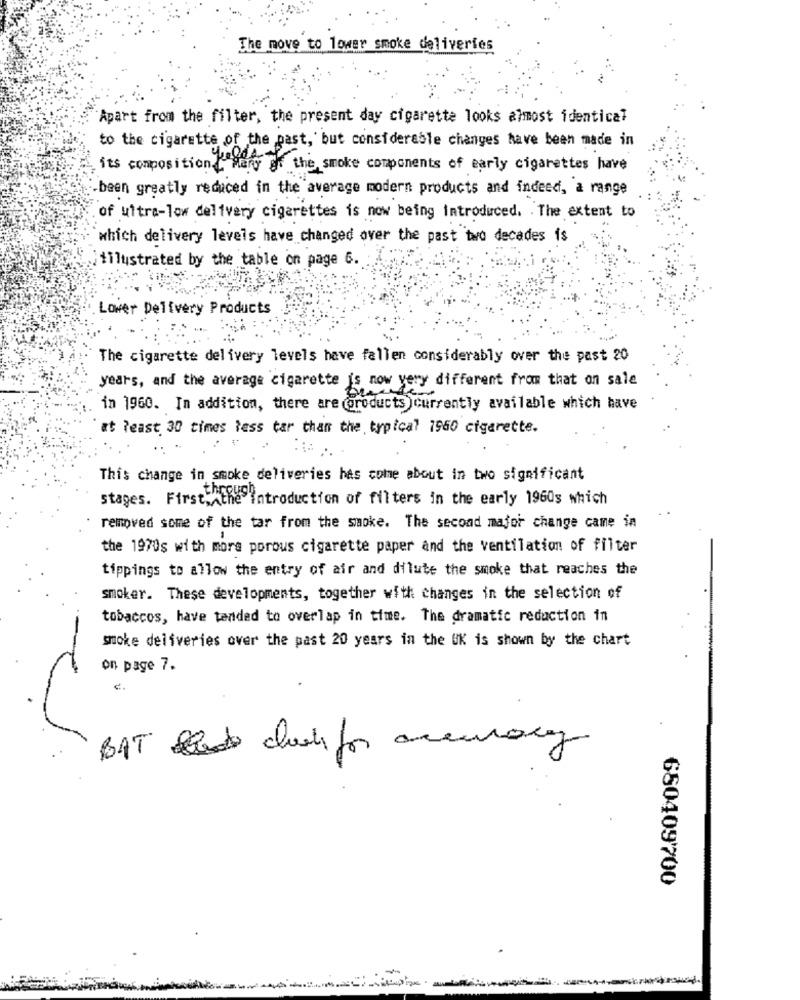
The move to lower smoke deliveries
Apart from the filter, the present day cigarette looks almost identical
to the cigarette of the past, but considerable changes have been made in
its composition [ Mary of the smoke components of early cigarettes have
been greatly reduced in the average modern products and indeed, a range
of ultra-low delivery cigarettes is now being Introduced. The extent to
which delivery levels have changed over the past two decades is
itilustrated by the table on page 6.
Lower Delivery Products
The cigarette delivery levels have fallen considerably over the past 20
years, and the average cigarette is now yery different from that on sale
in 1960. In addition, there are @products )currently available which have
at least 30 times less tar than the typical 1960 cigarette.
This change in smoke deliveries has come about in two significant
stages. First, the introduction of filters in the early 1960s which
removed some of the tar from the smoke. The second major change came in
the 1970s with more porous cigarette paper and the ventilation of filter
tippings to allow the entry of air and dilute the smoke that reaches the
smoker. These developments, together with changes in the selection of
tobaccos, have tended to overlap in time. The dramatic reduction in
smoke deliveries over the past 20 years in the UK is shown by the chart
on page 7.
BAT club for accuracy
680409700
-